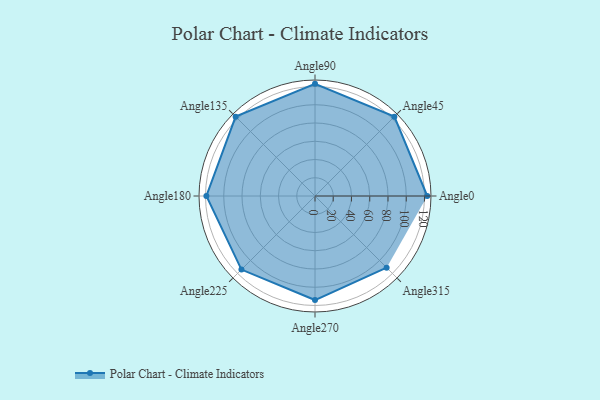
{"axis": {"x": "Angle", "y": "Radius"}, "legend": [""], "data": [{"x": "Angle0", "y": 123.0, "type": ""}, {"x": "Angle45", "y": 123.0, "type": ""}, {"x": "Angle90", "y": 123.0, "type": ""}, {"x": "Angle135", "y": 123.0, "type": ""}, {"x": "Angle180", "y": 119.0, "type": ""}, {"x": "Angle225", "y": 114.0, "type": ""}, {"x": "Angle270", "y": 114.0, "type": ""}, {"x": "Angle315", "y": 111.0, "type": ""}]}